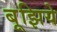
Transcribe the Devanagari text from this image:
बूझिये